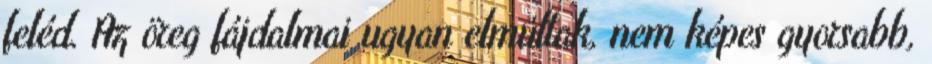
feléd. Az öreg fájdalmai ugyan elmúltak, nem képes gyorsabb,